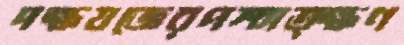
দক্ষযজ্ঞেরপশ্চাত্ক্ষণ